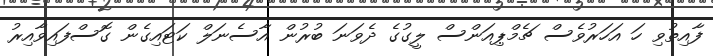
ފާއިތުވި ހަ އަހަރުވެސް ޗެމްޕިއަންސް ލީގުގެ ދެވަނަ ބުރުން އާސެނަލް ކަޓައިގެން ގޮސްފައިވާއިރު